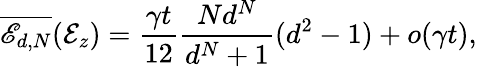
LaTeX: \overline{{\mathscr{E}_{d,N}}}(\mathcal{E}_{z})=\frac{\gamma t}{12}\frac{Nd^{N}}{d^{N}+1}(d^{2}-1)+o(\gamma t),